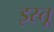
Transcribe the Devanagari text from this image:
इस्तू